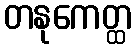
တနုကေတ္ထ